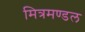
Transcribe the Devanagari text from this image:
मित्रमण्डल